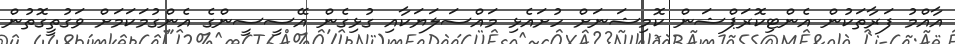
އާއްމު ފަރާތަކުން އެންޓިކޮރަޕްޝަން ކޮމިޝަނަށް ހުށައެޅި މައްސަލަޔަކާއި ގުޅިގެން އޭސީސީންގެ އެންގުމަކަމަށް ވަގުތީގޮތުން